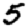
Digit: 5